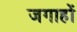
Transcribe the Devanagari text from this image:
जगाहों